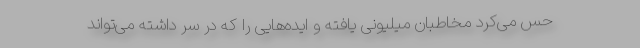
حس می‌کرد مخاطبان میلیونی یافته و ایده‌هایی را که در سر داشته می‌تواند